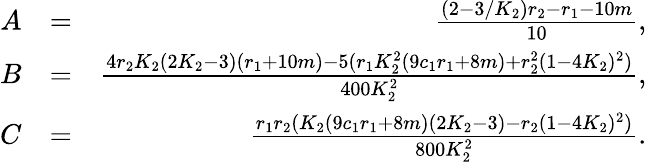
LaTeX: \begin{array}{rlr}{A}&{=}&{\frac{(2-3/K_{2})r_{2}-r_{1}-10m}{10},}\\ {B}&{=}&{\frac{4r_{2}K_{2}(2K_{2}-3)(r_{1}+10m)-5(r_{1}K_{2}^{2}(9c_{1}r_{1}+8m)+r_{2}^{2}(1-4K_{2})^{2})}{400K_{2}^{2}},}\\ {C}&{=}&{\frac{r_{1}r_{2}(K_{2}(9c_{1}r_{1}+8m)(2K_{2}-3)-r_{2}(1-4K_{2})^{2})}{800K_{2}^{2}}.}\end{array}